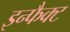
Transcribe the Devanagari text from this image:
इन्फैक्ट